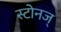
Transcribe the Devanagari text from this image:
स्टोनज्